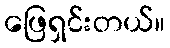
ဖြေရှင်းတယ်။